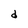
Character: d